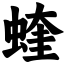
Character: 蝰